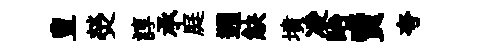
豊熒諄承庭遡觖墳凌眙賣夸